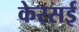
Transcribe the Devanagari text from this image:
केरसई